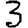
Digit: 3